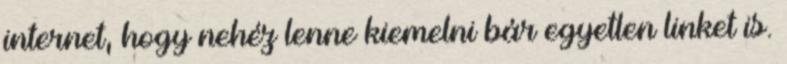
internet, hogy nehéz lenne kiemelni bár egyetlen linket is.